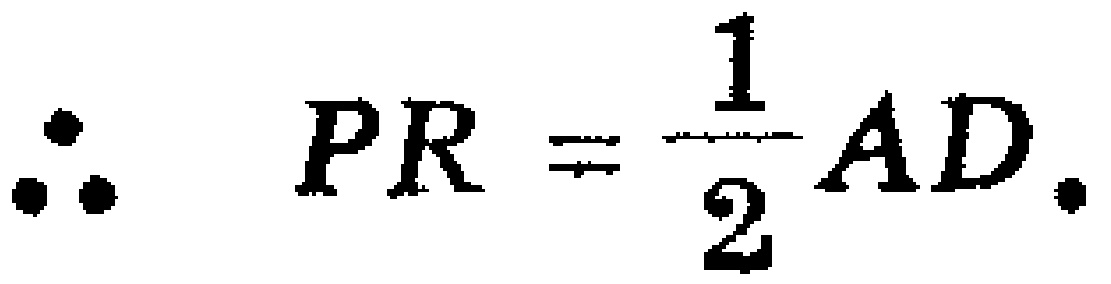
\(\therefore PR = \frac{1}{2}AD.\)